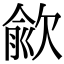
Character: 歈